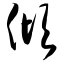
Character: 倾